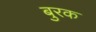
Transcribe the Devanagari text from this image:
बुरक